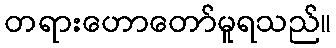
တရားဟောတော်မူရသည်။